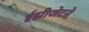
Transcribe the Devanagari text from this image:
ईझीजेटने